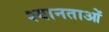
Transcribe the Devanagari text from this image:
श्यानताओं